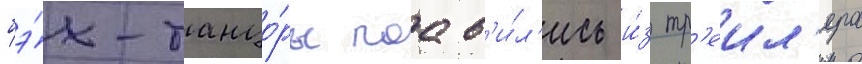
бэ́к-танцо́ры поав'и́л'ись и́з тр'еил'ера